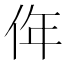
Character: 𠈠